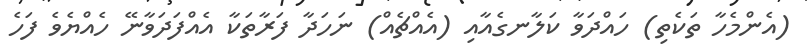
(އެންމެހާ ތަކެތި) ހައްދަވާ ކަލާނގެއާއި (އެއްޗެއް) ނަހަދާ ފަރާތަކާ އެއްފަދަވާނޭ ހެއްޔެވެ ފަހެ